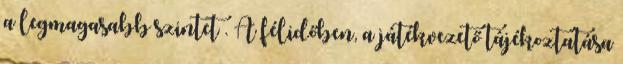
a legmagasabb szintet . A félidőben, a játékvezető tájékoztatása